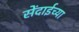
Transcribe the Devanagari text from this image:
सेंदाईच्या